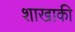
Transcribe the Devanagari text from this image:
शाखाकी